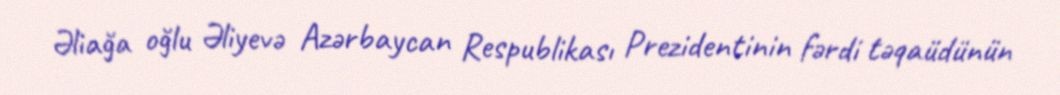
Əliağa oğlu Əliyevə Azərbaycan Respublikası Prezidentinin fərdi təqaüdünün